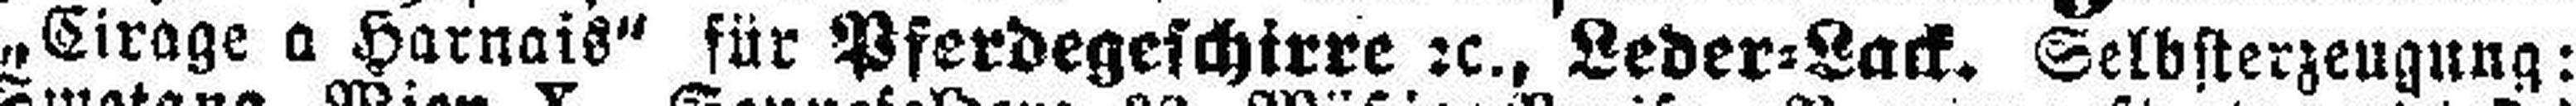
„Cirage a Harnais“ für Pferdegeschirre 2c., Leder=Lack. Selbsterzeugung: